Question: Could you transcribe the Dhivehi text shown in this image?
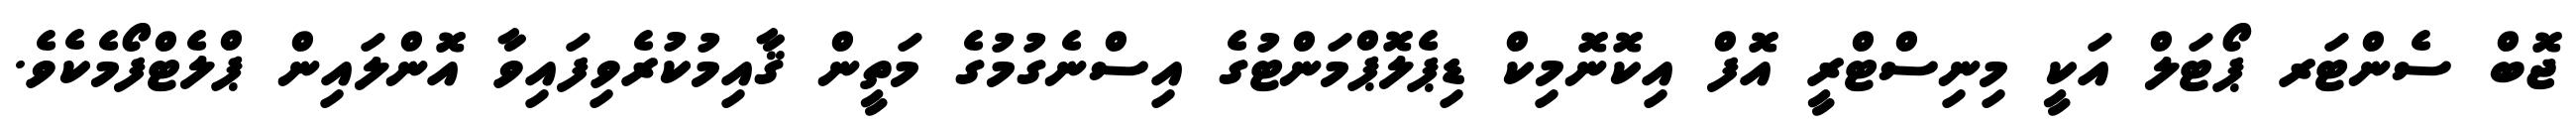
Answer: ޖޮބް ސެންޓަރ ޕޯޓަލް އަކީ މިނިސްޓްރީ އޮފް އިކޮނޮމިކް ޑިޕެލޮޕްމަންޓުގެ އިސްނެގުމުގެ މަތީން ޤާއިމުކުރެވިފައިވާ އޮންލައިން ޕްލެޓްފޯމެކެވެ.